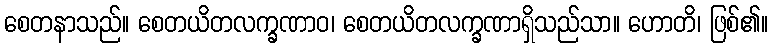
စေတနာသည်။ စေတယိတလက္ခဏာဝ၊ စေတယိတလက္ခဏာရှိသည်သာ။ ဟောတိ၊ ဖြစ်၏။